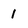
Character: 1